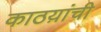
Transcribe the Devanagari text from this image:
काठय़ांची